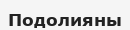
Подолияны